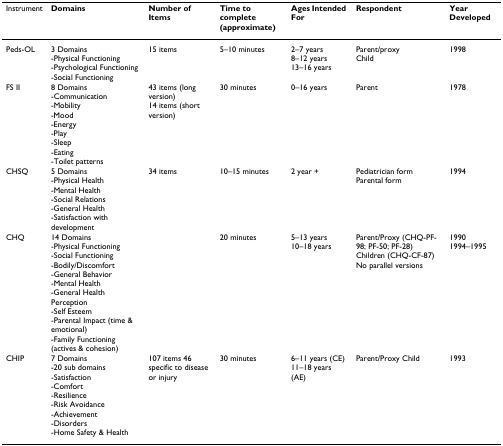
<table><thead><tr><td><b>Instrument</b></td><td><b>Domains</b></td><td><b>Number of Items</b></td><td><b>Time to complete (approximate)</b></td><td><b>Ages Intended For</b></td><td><b>Respondent</b></td><td><b>Year Developed</b></td></tr></thead><tbody><tr><td>Peds-OL</td><td>3 Domains-Physical Functioning-Psychological Functioning-Social Functioning</td><td>15 items</td><td>5–10 minutes</td><td>2–7 years8–12 years13–16 years</td><td>Parent/proxyChild</td><td>1998</td></tr><tr><td>FS II</td><td>8 Domains-Communication-Mobility-Mood-Energy-Play-Sleep-Eating-Toilet patterns</td><td>43 items (long version)14 items (short version)</td><td>30 minutes</td><td>0–16 years</td><td>Parent</td><td>1978</td></tr><tr><td>CHSQ</td><td>5 Domains-Physical Health-Mental Health-Social Relations-General Health-Satisfaction with development</td><td>34 items</td><td>10–15 minutes</td><td>2 year +</td><td>Pediatrician formParental form</td><td>1994</td></tr><tr><td>CHQ</td><td>14 Domains-Physical Functioning-Social Functioning-Bodily/Discomfort-General Behavior-Mental Health-General Health Perception-Self Esteem-Parental Impact (time &amp; emotional)-Family Functioning (actives &amp; cohesion)</td><td></td><td>20 minutes</td><td>5–13 years10–18 years</td><td>Parent/Proxy (CHQ-PF-98; PF-50; PF-28)Children (CHQ-CF-87)No parallel versions</td><td>19901994–1995</td></tr><tr><td>CHIP</td><td>7 Domains-20 sub domains-Satisfaction-Comfort-Resilience-Risk Avoidance-Achievement-Disorders-Home Safety &amp; Health</td><td>107 items 46 specific to disease or injury</td><td>30 minutes</td><td>6–11 years (CE)11–18 years (AE)</td><td>Parent/Proxy Child</td><td>1993</td></tr></tbody></table>